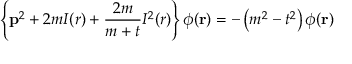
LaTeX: \left\{ { \bf p } ^ { 2 } + 2 m I ( r ) + \frac { 2 m } { m + t } I ^ { 2 } ( r ) \right\} \phi ( { \bf r } ) = - \left( m ^ { 2 } - t ^ { 2 } \right) \phi ( { \bf r } )